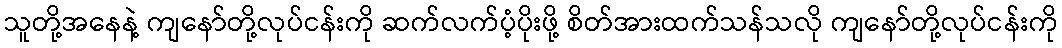
သူတို့အနေနဲ့ ကျနော်တို့လုပ်ငန်းကို ဆက်လက်ပံ့ပိုးဖို့ စိတ်အားထက်သန်သလို ကျနော်တို့လုပ်ငန်းကို